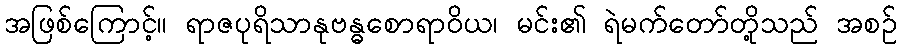
အဖြစ်ကြောင့်။ ရာဇပုရိသာနုဗန္ဓစောရာဝိယ၊ မင်း၏ ရဲမက်တော်တို့သည် အစဉ်